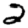
Digit: 2